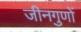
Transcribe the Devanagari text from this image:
जीनगुणों